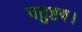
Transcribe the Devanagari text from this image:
चतुष्टय।